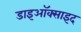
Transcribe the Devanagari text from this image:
डाइऑक्साइद